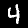
Label: 4